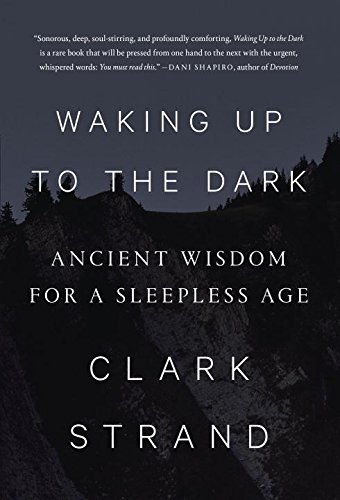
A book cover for Waking Up to the Dark: Ancient Wisdom for a Sleepless Age; Clark Strand; Health, Fitness & Dieting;